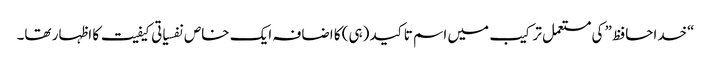
“خداحافظ” کی مستعمل ترکیب میں اسم تاکید (ہی) کا اضافہ ایک خاص نفسیاتی کیفیت کا اظہار تھا۔